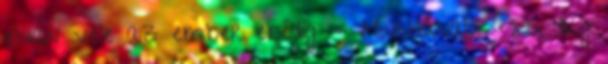
elvan vele az ember ebédig :- Hozzávalók: 26 dkg